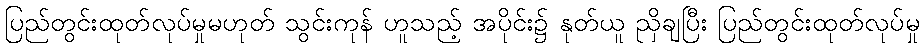
ပြည်တွင်းထုတ်လုပ်မှုမဟုတ် သွင်းကုန် ဟူသည့် အပိုင်း၌ နုတ်ယူ ညှိချပြီး ပြည်တွင်းထုတ်လုပ်မှု